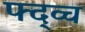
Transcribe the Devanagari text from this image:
फ्द्व्च